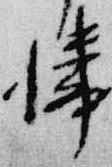
憐